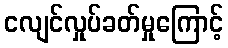
ငလျင်လှုပ်ခတ်မှုကြောင့်